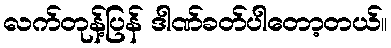
လက်တုန့်ပြန် ဒါဏ်ခတ်ပါတော့တယ်။